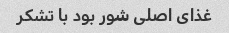
غذای اصلی شور بود با تشکر